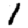
Digit: 1